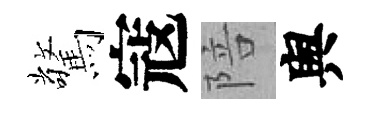
驚寇陪舆